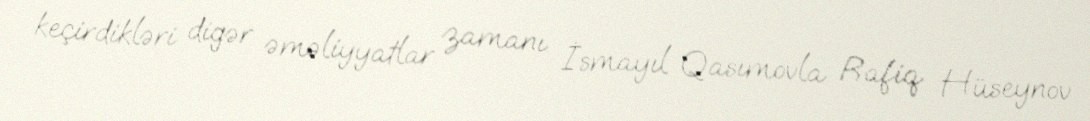
keçirdikləri digər əməliyyatlar zamanı İsmayıl Qasımovla Rafiq Hüseynov